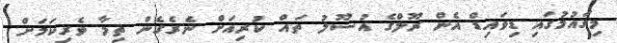
މިގައުމުގައި ޑިވައިޑް އެން ރޫލްގެ އުސޫލު ތައް ކުރިއަށް ނެރެގެން ތިމާ ވެރިކަމަށް